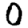
Digit: 0